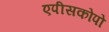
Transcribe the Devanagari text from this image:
एपीसकोपो